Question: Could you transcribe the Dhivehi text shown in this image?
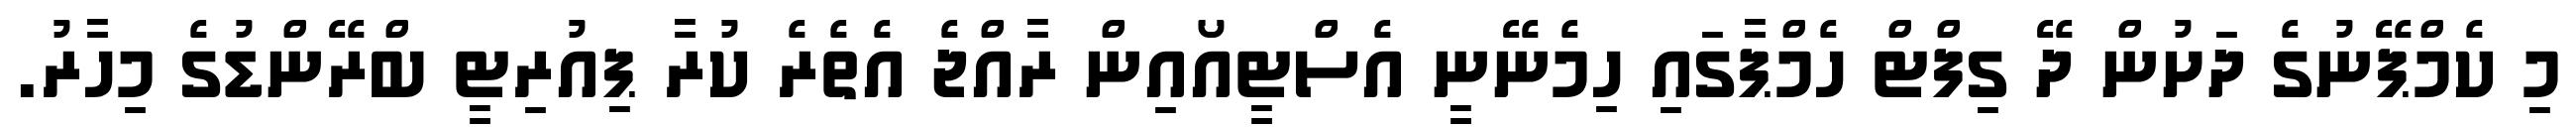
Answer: މި ކެމްޕޭނުގެ ދަށުން ދޭ ގިފްޓް ހެމްޕާގައި ހިމެނޭނީ އެސްޓީއޯއިން ރާއްޖެ އެތެރެ ކުރާ ޕިއުރިޓީ ބްރޭންޑުގެ މިހާރު.